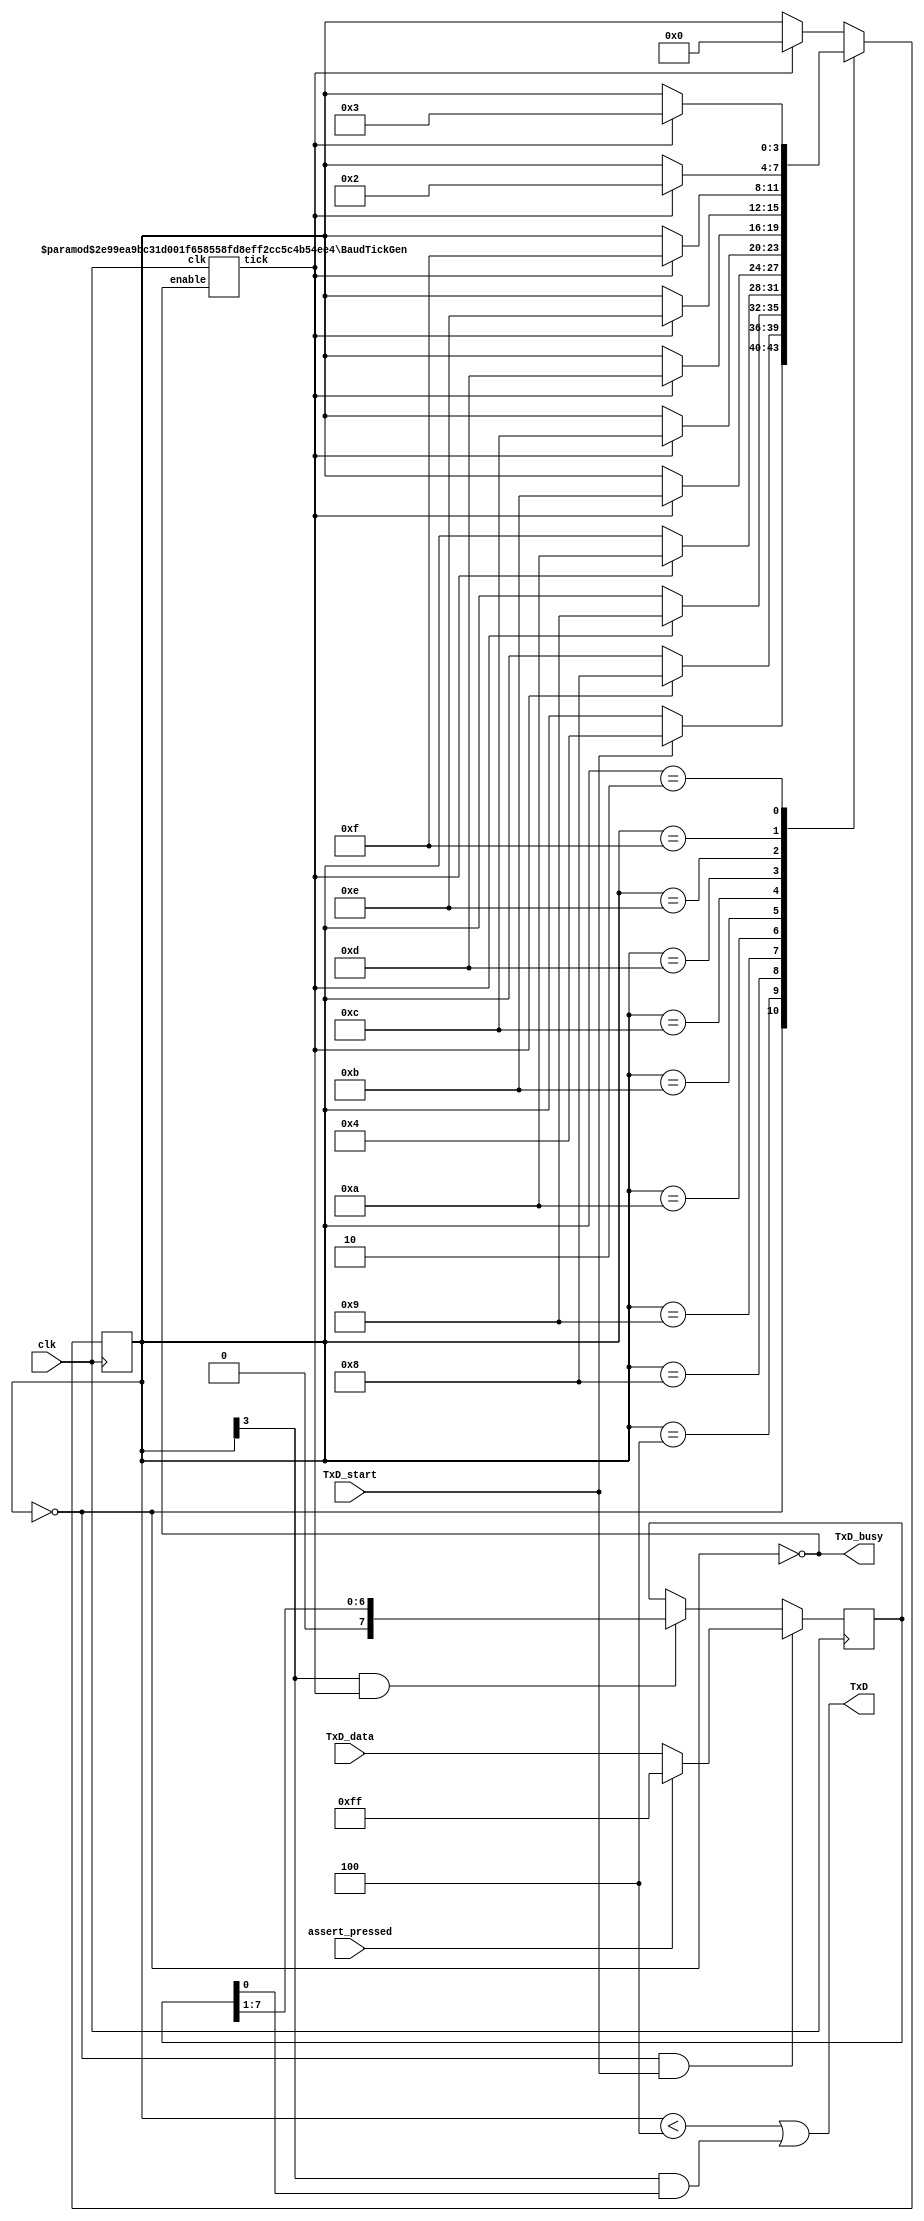
////////////////////////////////////////////////////////
// RS-232 RX and TX module
// (c) fpga4fun.com & KNJN LLC - 2003 to 2016

// The RS-232 settings are fixed
// TX: 8-bit data, 2 stop, no-parity
// RX: 8-bit data, 1 stop, no-parity (the receiver can accept more stop bits of course)

////////////////////////////////////////////////////////
module async_transmitter(
	input clk,
	input TxD_start,
	input [7:0] TxD_data,
	input assert_pressed,
	output TxD,
	output TxD_busy
);

// Assert TxD_start for (at least) one clock cycle to start transmission of TxD_data
// TxD_data is latched so that it doesn't have to stay valid while it is being sent

parameter ClkFrequency = 50000000;	// 50MHz
parameter Baud = 115200;

generate
	if(ClkFrequency<Baud*8 && (ClkFrequency % Baud!=0)) ASSERTION_ERROR PARAMETER_OUT_OF_RANGE("Frequency incompatible with requested Baud rate");
endgenerate

wire BitTick;
BaudTickGen #(ClkFrequency, Baud) tickgen(.clk(clk), .enable(TxD_busy), .tick(BitTick));


reg [3:0] TxD_state = 0;
wire TxD_ready = (TxD_state==0);
assign TxD_busy = ~TxD_ready;

reg [7:0] TxD_shift = 0;
always @(posedge clk)
begin
	if(TxD_ready & TxD_start)
		TxD_shift <= !assert_pressed?TxD_data:'b11111111;
	else
	if(TxD_state[3] & BitTick)
		TxD_shift <= (TxD_shift >> 1);

	case(TxD_state)
		4'b0000: if(TxD_start) TxD_state <= 4'b0100;
		4'b0100: if(BitTick) TxD_state <= 4'b1000;  // start bit
		4'b1000: if(BitTick) TxD_state <= 4'b1001;  // bit 0
		4'b1001: if(BitTick) TxD_state <= 4'b1010;  // bit 1
		4'b1010: if(BitTick) TxD_state <= 4'b1011;  // bit 2
		4'b1011: if(BitTick) TxD_state <= 4'b1100;  // bit 3
		4'b1100: if(BitTick) TxD_state <= 4'b1101;  // bit 4
		4'b1101: if(BitTick) TxD_state <= 4'b1110;  // bit 5
		4'b1110: if(BitTick) TxD_state <= 4'b1111;  // bit 6
		4'b1111: if(BitTick) TxD_state <= 4'b0010;  // bit 7
		4'b0010: if(BitTick) TxD_state <= 4'b0011;  // stop1
		4'b0011: if(BitTick) TxD_state <= 4'b0000;  // stop2
		default: if(BitTick) TxD_state <= 4'b0000;
	endcase
end

assign TxD = (TxD_state<4) | (TxD_state[3] & TxD_shift[0]);  // put together the start, data and stop bits
endmodule


////////////////////////////////////////////////////////
module async_receiver(
	input clk,
	input RxD,
	output reg ready_to_transmit = 0
);

parameter ClkFrequency = 50000000; // 50MHz
parameter Baud = 115200;

parameter Oversampling = 8;  // needs to be a power of 2
// we oversample the RxD line at a fixed rate to capture each RxD data bit at the "right" time
// 8 times oversampling by default, use 16 for higher quality reception

generate
	if(ClkFrequency<Baud*Oversampling) ASSERTION_ERROR PARAMETER_OUT_OF_RANGE("Frequency too low for current Baud rate and oversampling");
	if(Oversampling<8 || ((Oversampling & (Oversampling-1))!=0)) ASSERTION_ERROR PARAMETER_OUT_OF_RANGE("Invalid oversampling value");
endgenerate

////////////////////////////////
reg [3:0] RxD_state = 0;

wire OversamplingTick;
BaudTickGen #(ClkFrequency, Baud, Oversampling) tickgen(.clk(clk), .enable(1'b1), .tick(OversamplingTick));

// synchronize RxD to our clk domain
reg [1:0] RxD_sync = 2'b11;
always @(posedge clk) if(OversamplingTick) RxD_sync <= {RxD_sync[0], RxD};

// and filter it
reg [1:0] Filter_cnt = 2'b11;
reg RxD_bit = 1'b1;

always @(posedge clk)
if(OversamplingTick)
begin
	if(RxD_sync[1]==1'b1 && Filter_cnt!=2'b11) Filter_cnt <= Filter_cnt + 1'd1;
	else 
	if(RxD_sync[1]==1'b0 && Filter_cnt!=2'b00) Filter_cnt <= Filter_cnt - 1'd1;

	if(Filter_cnt==2'b11) RxD_bit <= 1'b1;
	else
	if(Filter_cnt==2'b00) RxD_bit <= 1'b0;
end

// and decide when is the good time to sample the RxD line
function integer log2(input integer v); begin log2=0; while(v>>log2) log2=log2+1; end endfunction
localparam l2o = log2(Oversampling);
reg [l2o-2:0] OversamplingCnt = 0;
always @(posedge clk) if(OversamplingTick) OversamplingCnt <= (RxD_state==0) ? 1'd0 : OversamplingCnt + 1'd1;
wire sampleNow = OversamplingTick && (OversamplingCnt==Oversampling/2-1);


// now we can accumulate the RxD bits in a shift-register
always @(posedge clk)
case(RxD_state)
	4'b0000: if(~RxD_bit) RxD_state <= `ifdef SIMULATION 4'b1000 `else 4'b0001 `endif;  // start bit found?
	4'b0001: if(sampleNow) RxD_state <= 4'b1000;  // sync start bit to sampleNow
	4'b1000: if(sampleNow) RxD_state <= 4'b1001;  // bit 0
	4'b1001: if(sampleNow) RxD_state <= 4'b1010;  // bit 1
	4'b1010: if(sampleNow) RxD_state <= 4'b1011;  // bit 2
	4'b1011: if(sampleNow) RxD_state <= 4'b1100;  // bit 3
	4'b1100: if(sampleNow) RxD_state <= 4'b1101;  // bit 4
	4'b1101: if(sampleNow) RxD_state <= 4'b1110;  // bit 5
	4'b1110: if(sampleNow) RxD_state <= 4'b1111;  // bit 6
	4'b1111: if(sampleNow) RxD_state <= 4'b0010;  // bit 7
	4'b0010: if(sampleNow) RxD_state <= 4'b0000;  // stop bit
	default: RxD_state <= 4'b0000;
endcase

always @(posedge clk)
begin
	ready_to_transmit <= (sampleNow && RxD_state==4'b0010 && RxD_bit);  // make sure a stop bit is received
end


endmodule


////////////////////////////////////////////////////////
// dummy module used to be able to raise an assertion in Verilog
module ASSERTION_ERROR();
endmodule


////////////////////////////////////////////////////////
module BaudTickGen(
	input clk, enable,
	output tick  // generate a tick at the specified baud rate * oversampling
);
parameter ClkFrequency = 50000000;
parameter Baud = 115200;
parameter Oversampling = 1;

function integer log2(input integer v); begin log2=0; while(v>>log2) log2=log2+1; end endfunction
localparam AccWidth = log2(ClkFrequency/Baud)+8;  // +/- 2% max timing error over a byte
reg [AccWidth:0] Acc = 0;
localparam ShiftLimiter = log2(Baud*Oversampling >> (31-AccWidth));  // this makes sure Inc calculation doesn't overflow
localparam Inc = ((Baud*Oversampling << (AccWidth-ShiftLimiter))+(ClkFrequency>>(ShiftLimiter+1)))/(ClkFrequency>>ShiftLimiter);
always @(posedge clk) if(enable) Acc <= Acc[AccWidth-1:0] + Inc[AccWidth:0]; else Acc <= Inc[AccWidth:0];
assign tick = Acc[AccWidth];
endmodule


////////////////////////////////////////////////////////